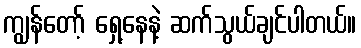
ကျွန်တော့် ရှေ့နေနဲ့ ဆက်သွယ်ချင်ပါတယ်။